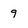
Character: 9